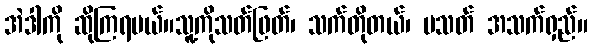
အဲဒါကို ဆိုကြရမယ်။သူ့ကိုသတ်ဖြတ်၊ သက်တိုတယ်၊ မသတ် အသက်ရှည်။